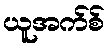
ယူအက်စ်